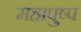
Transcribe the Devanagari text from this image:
महापुष्प